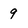
Character: 9